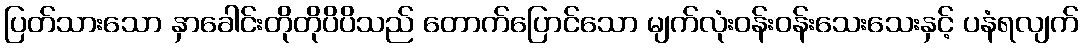
ပြတ်သားသော နှာခေါင်းတိုတိုပိပိသည် တောက်ပြောင်သော မျက်လုံးဝန်းဝန်းသေးသေးနှင့် ပနံရလျက်